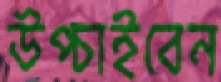
উপ্‌চাইবেন